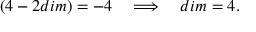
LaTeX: ( 4 - 2 d i m ) = - 4 \quad \Longrightarrow \quad d i m = 4 .